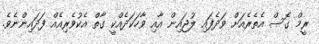
ރީމް ގޮސް އެތެރެއަށް ވަދެފައި ލުޖައިން އާއި ވާހަކަދެއްކީ ގާތް އެކުވެރިއެއް ފަދައިންނެވެ.